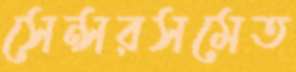
সেন্সরসমেত